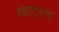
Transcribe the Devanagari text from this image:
व्याट्स्न